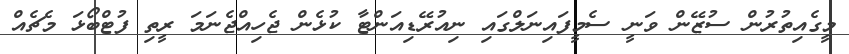
މީގެއިތުރުން ސުޒޭން ވަނީ ސެމީފައިނަލްގައި ނިއުރޭޑިއަންޓާ ކުޅެން ޖެހިއްޖެނަމަ ރީތި ފުޓްބޯޅަ މެޗެއް